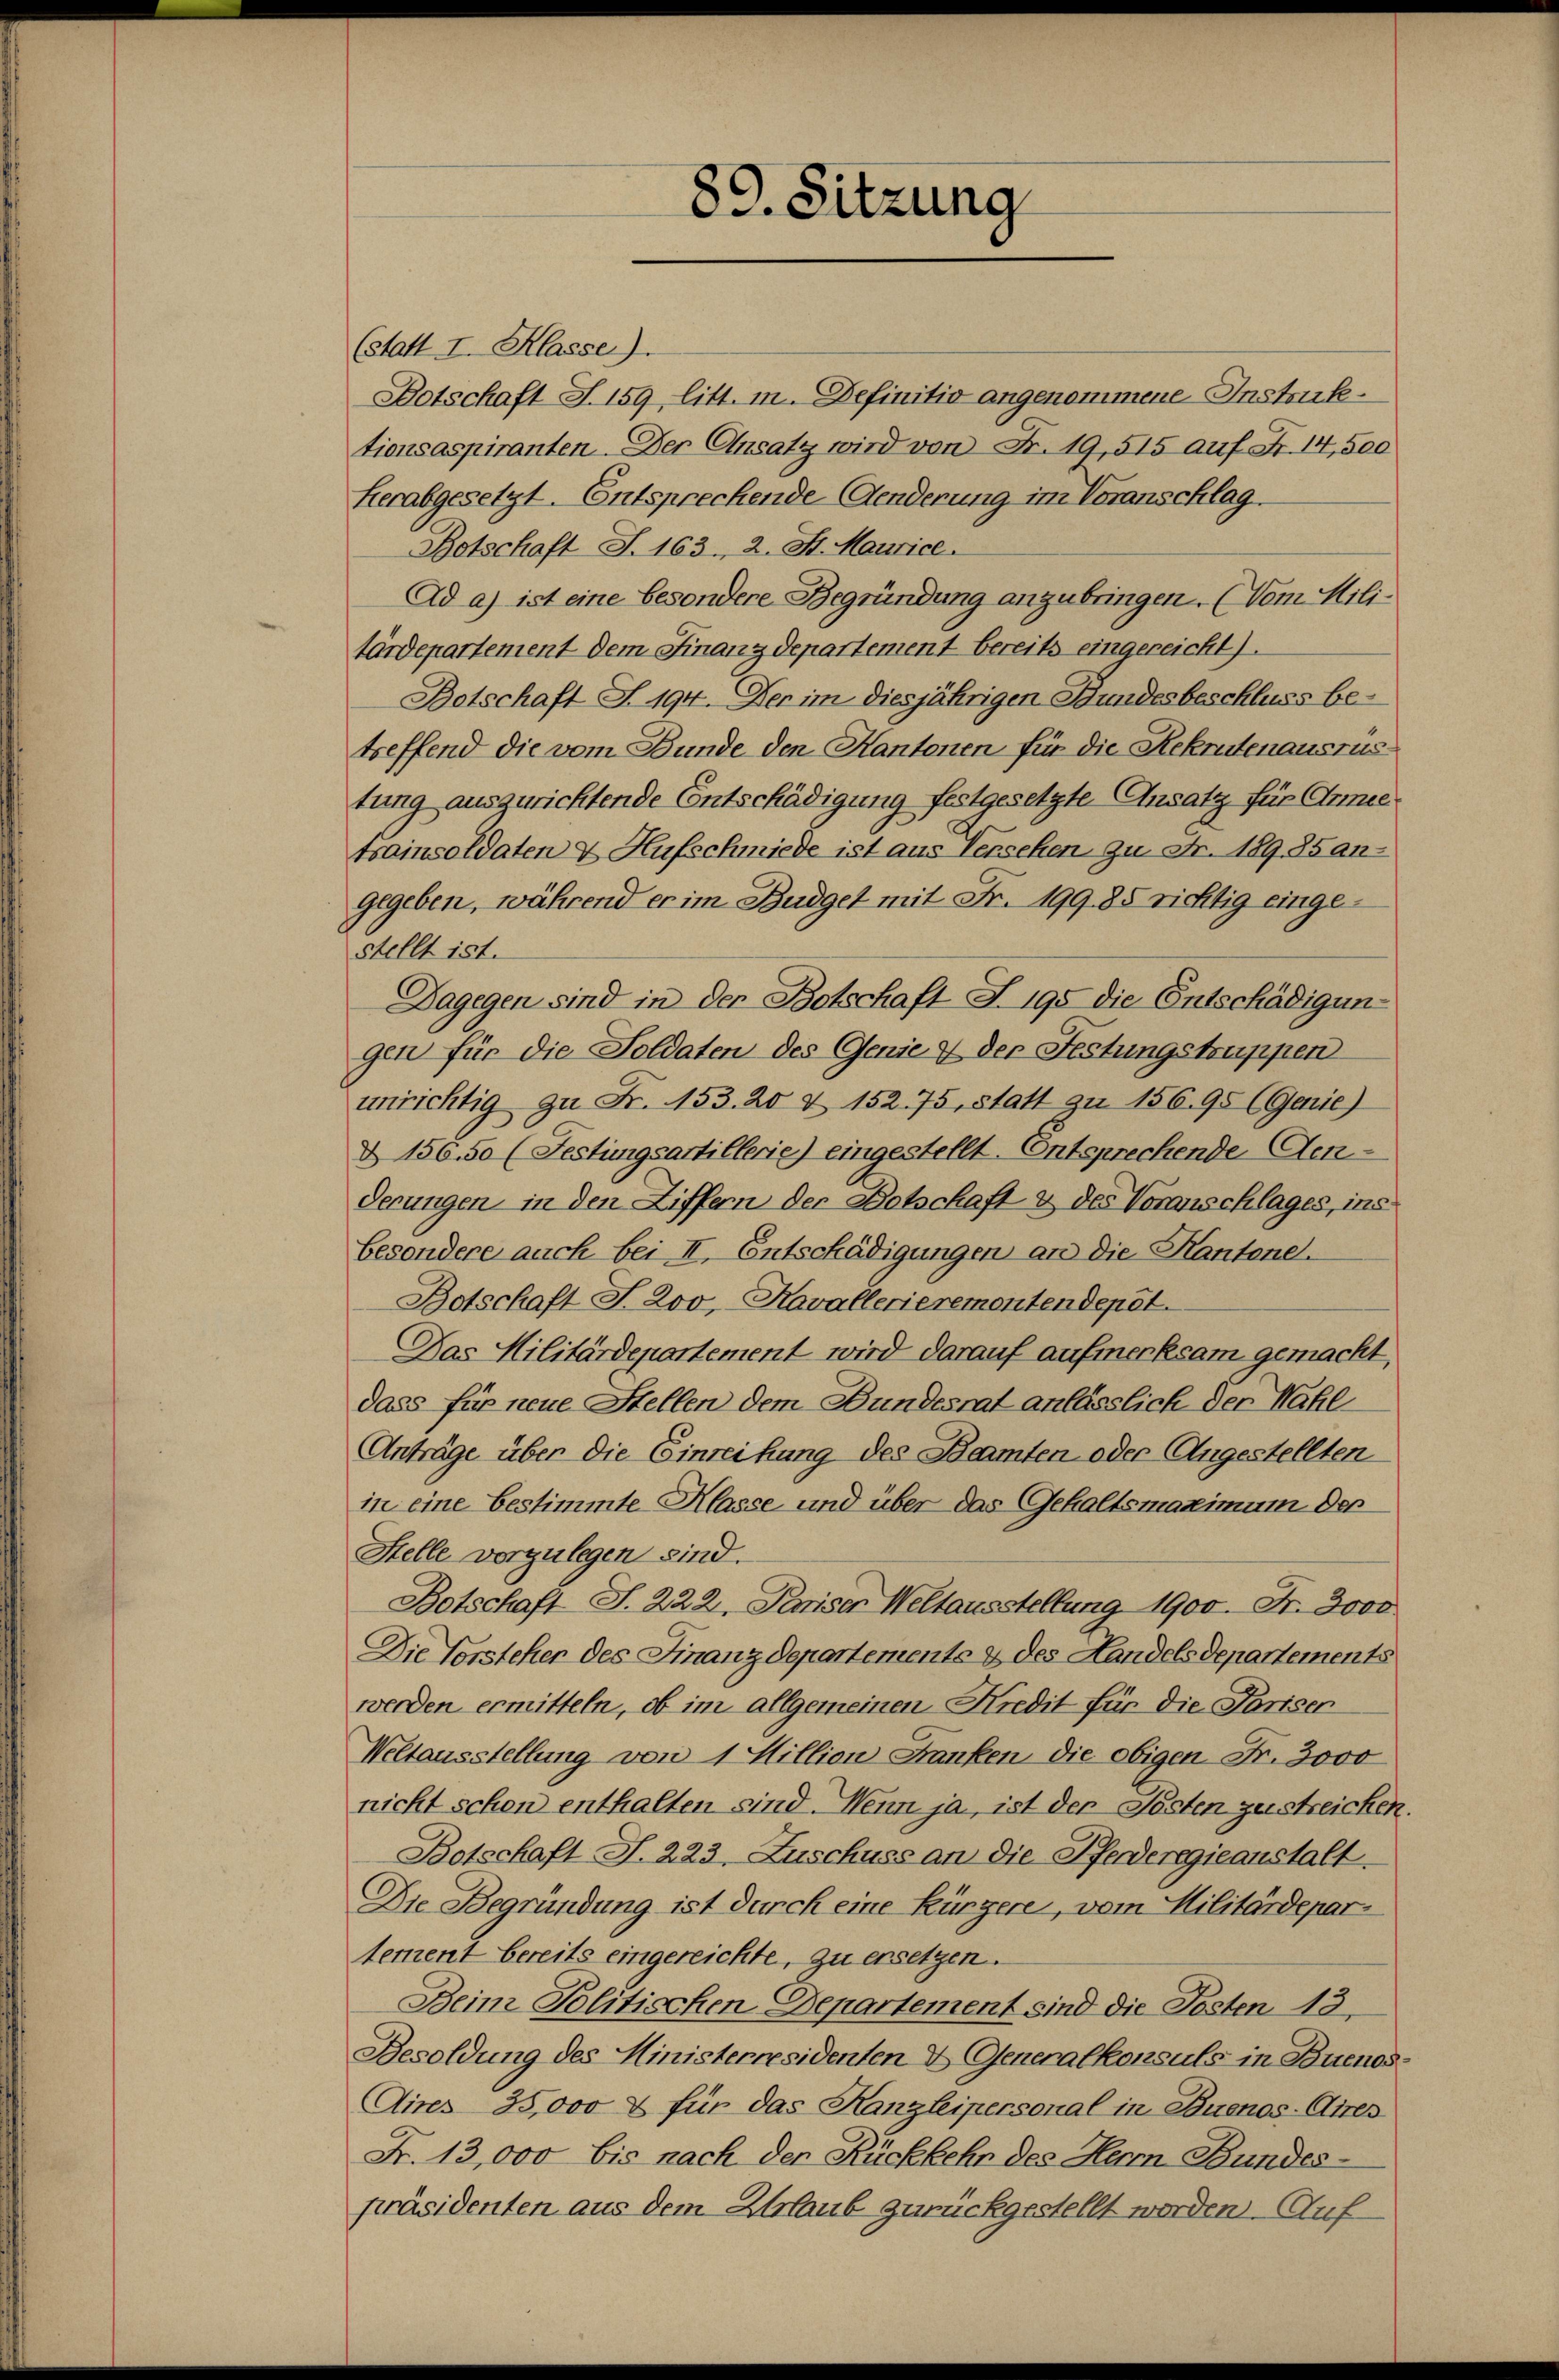
(statt I. Klasse).
Dotschaft S. 159, litt. m. Definitio angenommene Instrafe.
tionsaspiranten. Der Ansatz wird von Fr. 19,515 auf Fr. 14,500
herabgesetzt. Entsprechende Aenderung im Voranschlag.
Botschaft S. 163. 2. St. Maurice.
Ad a) ist eine besondere Begründung anzubringen. (Vom Militärdepartement dem Finanzdepartement bereits eingereicht).
Botschaft S. 194. Der im diesjährigen Bundesbeschluss be
treffend die vom Bunde den Kantonen für die Rekrutenausrus
tung auszurichtende Entschädigung festgesetzte Ansatz für Armee
tsainsoldaten & Hufschmiede ist aus Verschen zu Fr. 189. 35 an-
gegeben, während er im Budget mit Fr. 199. 85 richtig eingestellt ist.
Dagegen sind in der Botschaft S. 195 die Entschädigungen für die Soldaten des Genie & der Festungstruppen
unrichtig zu Fr. 153. 20 & 152. 75, statt zu 156. 95 (Genie)
& 156. 50 (Festungsartillerie) eingestellt. Entsprechende Aen-
derungen in den Ziffern der Botschaft & des Voranschlages, ins
besondere auch bei II, Entschädigungen an die Kantone.
Botschaft S. 2oo, Kavallerieremontendepot.
Das Militärdepartement wird darauf aufmerksam gemacht,
dass für neue Stellen dem Bundesrat anlässlich der Wahl
Anträge über die Einreihung des Beamten oder Angestellten
in eine bestimmte Klasse und über das Gehaltsmaximum der
Stelle vorzulegen sind.
Botschaft S. 222. Pariser Weltausstellung 1900. Fr. 3000
Die Forsteher des Finanzdepartements & des Handelsdepartements
werden ermitteln, ob im allgemeinen Kredit für die Pariser
Weltausstellung von 1 Million Franken, die obigen Fr. 3000
nicht schon enthalten sind. Wenn ja, ist der Posten zustreichen.
Botschaft S. 223, Zuschuss an die Pferderegieanstalt.
Die Begründung ist durch eine Kürzere, vom Militärdepartement bereits eingereichte, zu ersetzen.
Beim Politischen Departement sind die Posten 13.
Besoldung des Ministerresidenten & Generalkonsuls in Buenos¬
Aines 35,000 & für das Kanzleipersonal in Buenos-Aires
Fr. 13,000 bis nach den Rückkehr des Herrn Bundespräsidenten aus dem Urlaub zurückgestellt worden. Auf

89. Sitzung